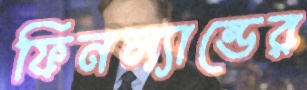
ফিনল্যান্ডের